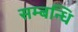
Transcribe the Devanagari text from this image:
सम्‍बन्‍धि